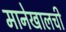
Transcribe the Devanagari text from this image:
मानेखालची